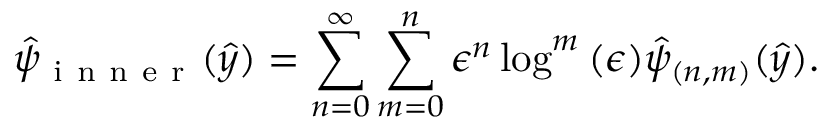
\hat { \psi } _ { \mathrm { ~ i ~ n ~ n ~ e ~ r ~ } } ( \hat { y } ) = \sum _ { n = 0 } ^ { \infty } \sum _ { m = 0 } ^ { n } \epsilon ^ { n } \log ^ { m } { ( \epsilon ) } \hat { \psi } _ { ( n , m ) } ( \hat { y } ) .